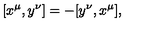
\lbrack x ^ { \mu } , y ^ { \nu } ] = - [ y ^ { \nu } , x ^ { \mu } ] ,